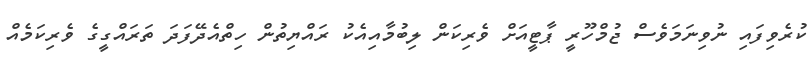
ކުރެވިފައި ނުވިނަމަވެސް ޖުމްހޫރީ ޕާޓީއަށް ވެރިކަން ލިބުމާއިއެކު ރައްޔިތުން ހިތްއެދޭފަދަ ތަރައްގީގެ ވެރިކަމެއް